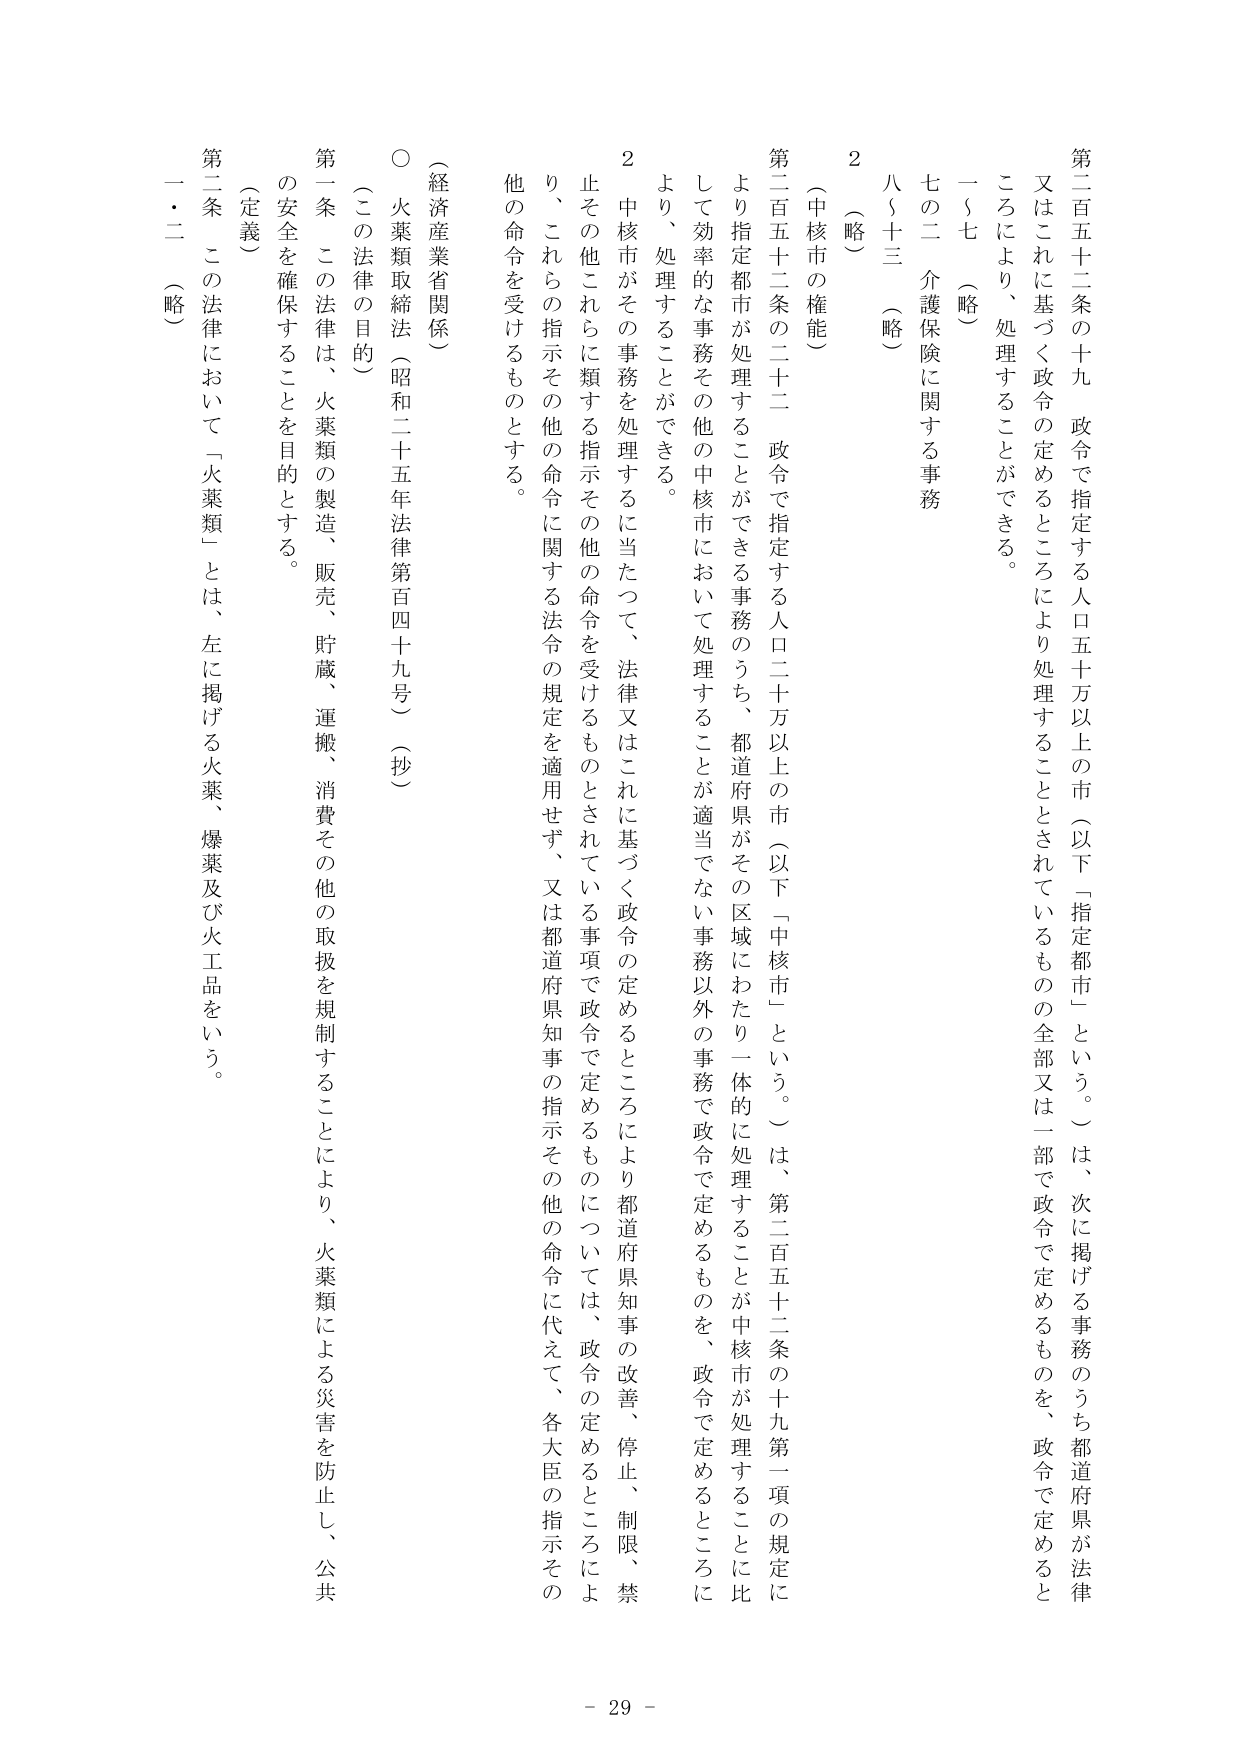
第二百五十二条の十九 政令で指定する人口五十万以上の市（以下「指定都市」という。）は、次に掲げる事務のうち都道府県が法律又はこれに基づく政令の定めるところにより処理することとされているものの全部又は一部を政令で定めるものを、政令で定めるところにより、処理することができる。

一～七 （略）

七の二 介護保険に関する事務

八～十三 （略）

2 （略）

（中核市の権能）

第二百五十二条の二十二 政令で指定する人口二十万以上の市（以下「中核市」という。）は、第二百五十二条の十九第一項の規定により指定都市が処理することができる事務のうち、都道府県がその区域にわたり一体的に処理することが適当でない事務以外の事務で政令で定めるものを、政令で定めるところにより、処理することができる。

2 中核市がその事務を処理するに当たって、法律又はこれに基づく政令の定めるところにより都道府県知事の改善、停止、制限、禁止その他これらに類する指示その他の命令を受けるものとされている事項で政令で定めるものについては、政令の定めるところにより、これらの指示その他の命令に関する法令の規定を適用せず、又は都道府県知事の指示その他の命令に代えて、各大臣の指示その他の命令を受けるものとする。

（経済産業省関係）

○ 火薬類取締法（昭和二十五年法律第百四十九号）（抄）

（この法律の目的）

第一条 この法律は、火薬類の製造、販売、貯蔵、運搬、消費その他の取扱を規制することにより、火薬類による災害を防止し、公共の安全を確保することを目的とする。

（定義）

第二条 この法律において「火薬類」とは、左に掲げる火薬、爆薬及び火工品をいう。

一・二 （略）

- 29 -